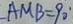
A M B = 9 0 ^ { \circ }